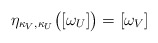
\begin{align*} \eta_{\kappa_V,\kappa_U} \big( [\omega_U] \big) = [\omega_V]\end{align*}